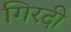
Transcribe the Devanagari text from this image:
गिरदी